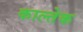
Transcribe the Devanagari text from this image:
काल्तेक